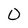
Character: O